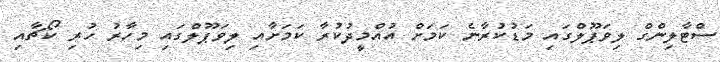
ސްޓާލިންގް ލިވަޕޫލްގައި މަޑުކުރާނެ ކަމަށް އުއްމީދުކުރާ ކަމަށާއި ލިވަޕޫލްގައި މިހާރު ހުރި ކޯޗާއި